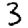
Digit: 3